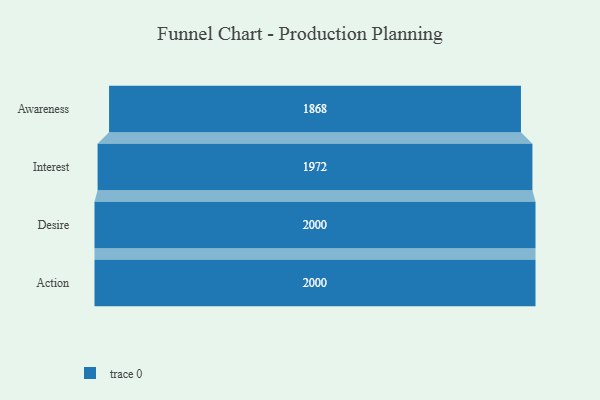
{"axis": {"x": "Stage", "y": "Value"}, "legend": [""], "data": [{"x": "Awareness", "y": 1868.0, "type": ""}, {"x": "Interest", "y": 1972.0, "type": ""}, {"x": "Desire", "y": 2000, "type": ""}, {"x": "Action", "y": 2000, "type": ""}]}